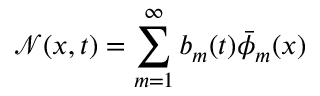
\mathcal { N } ( x , t ) = \sum _ { m = 1 } ^ { \infty } b _ { m } ( t ) \bar { \phi } _ { m } ( x )